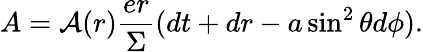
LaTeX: A={\cal A}(r)\frac{er}\Sigma(dt+dr-a\sin^{2}\theta d\phi).